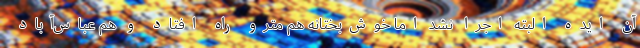
آن ایده البته اجرا نشد اما خوش‌بختانه هم مترو راه افتاد و هم عباس‌آباد